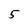
Character: 5